Tartu_Juudi_Usuuhing, lk 37
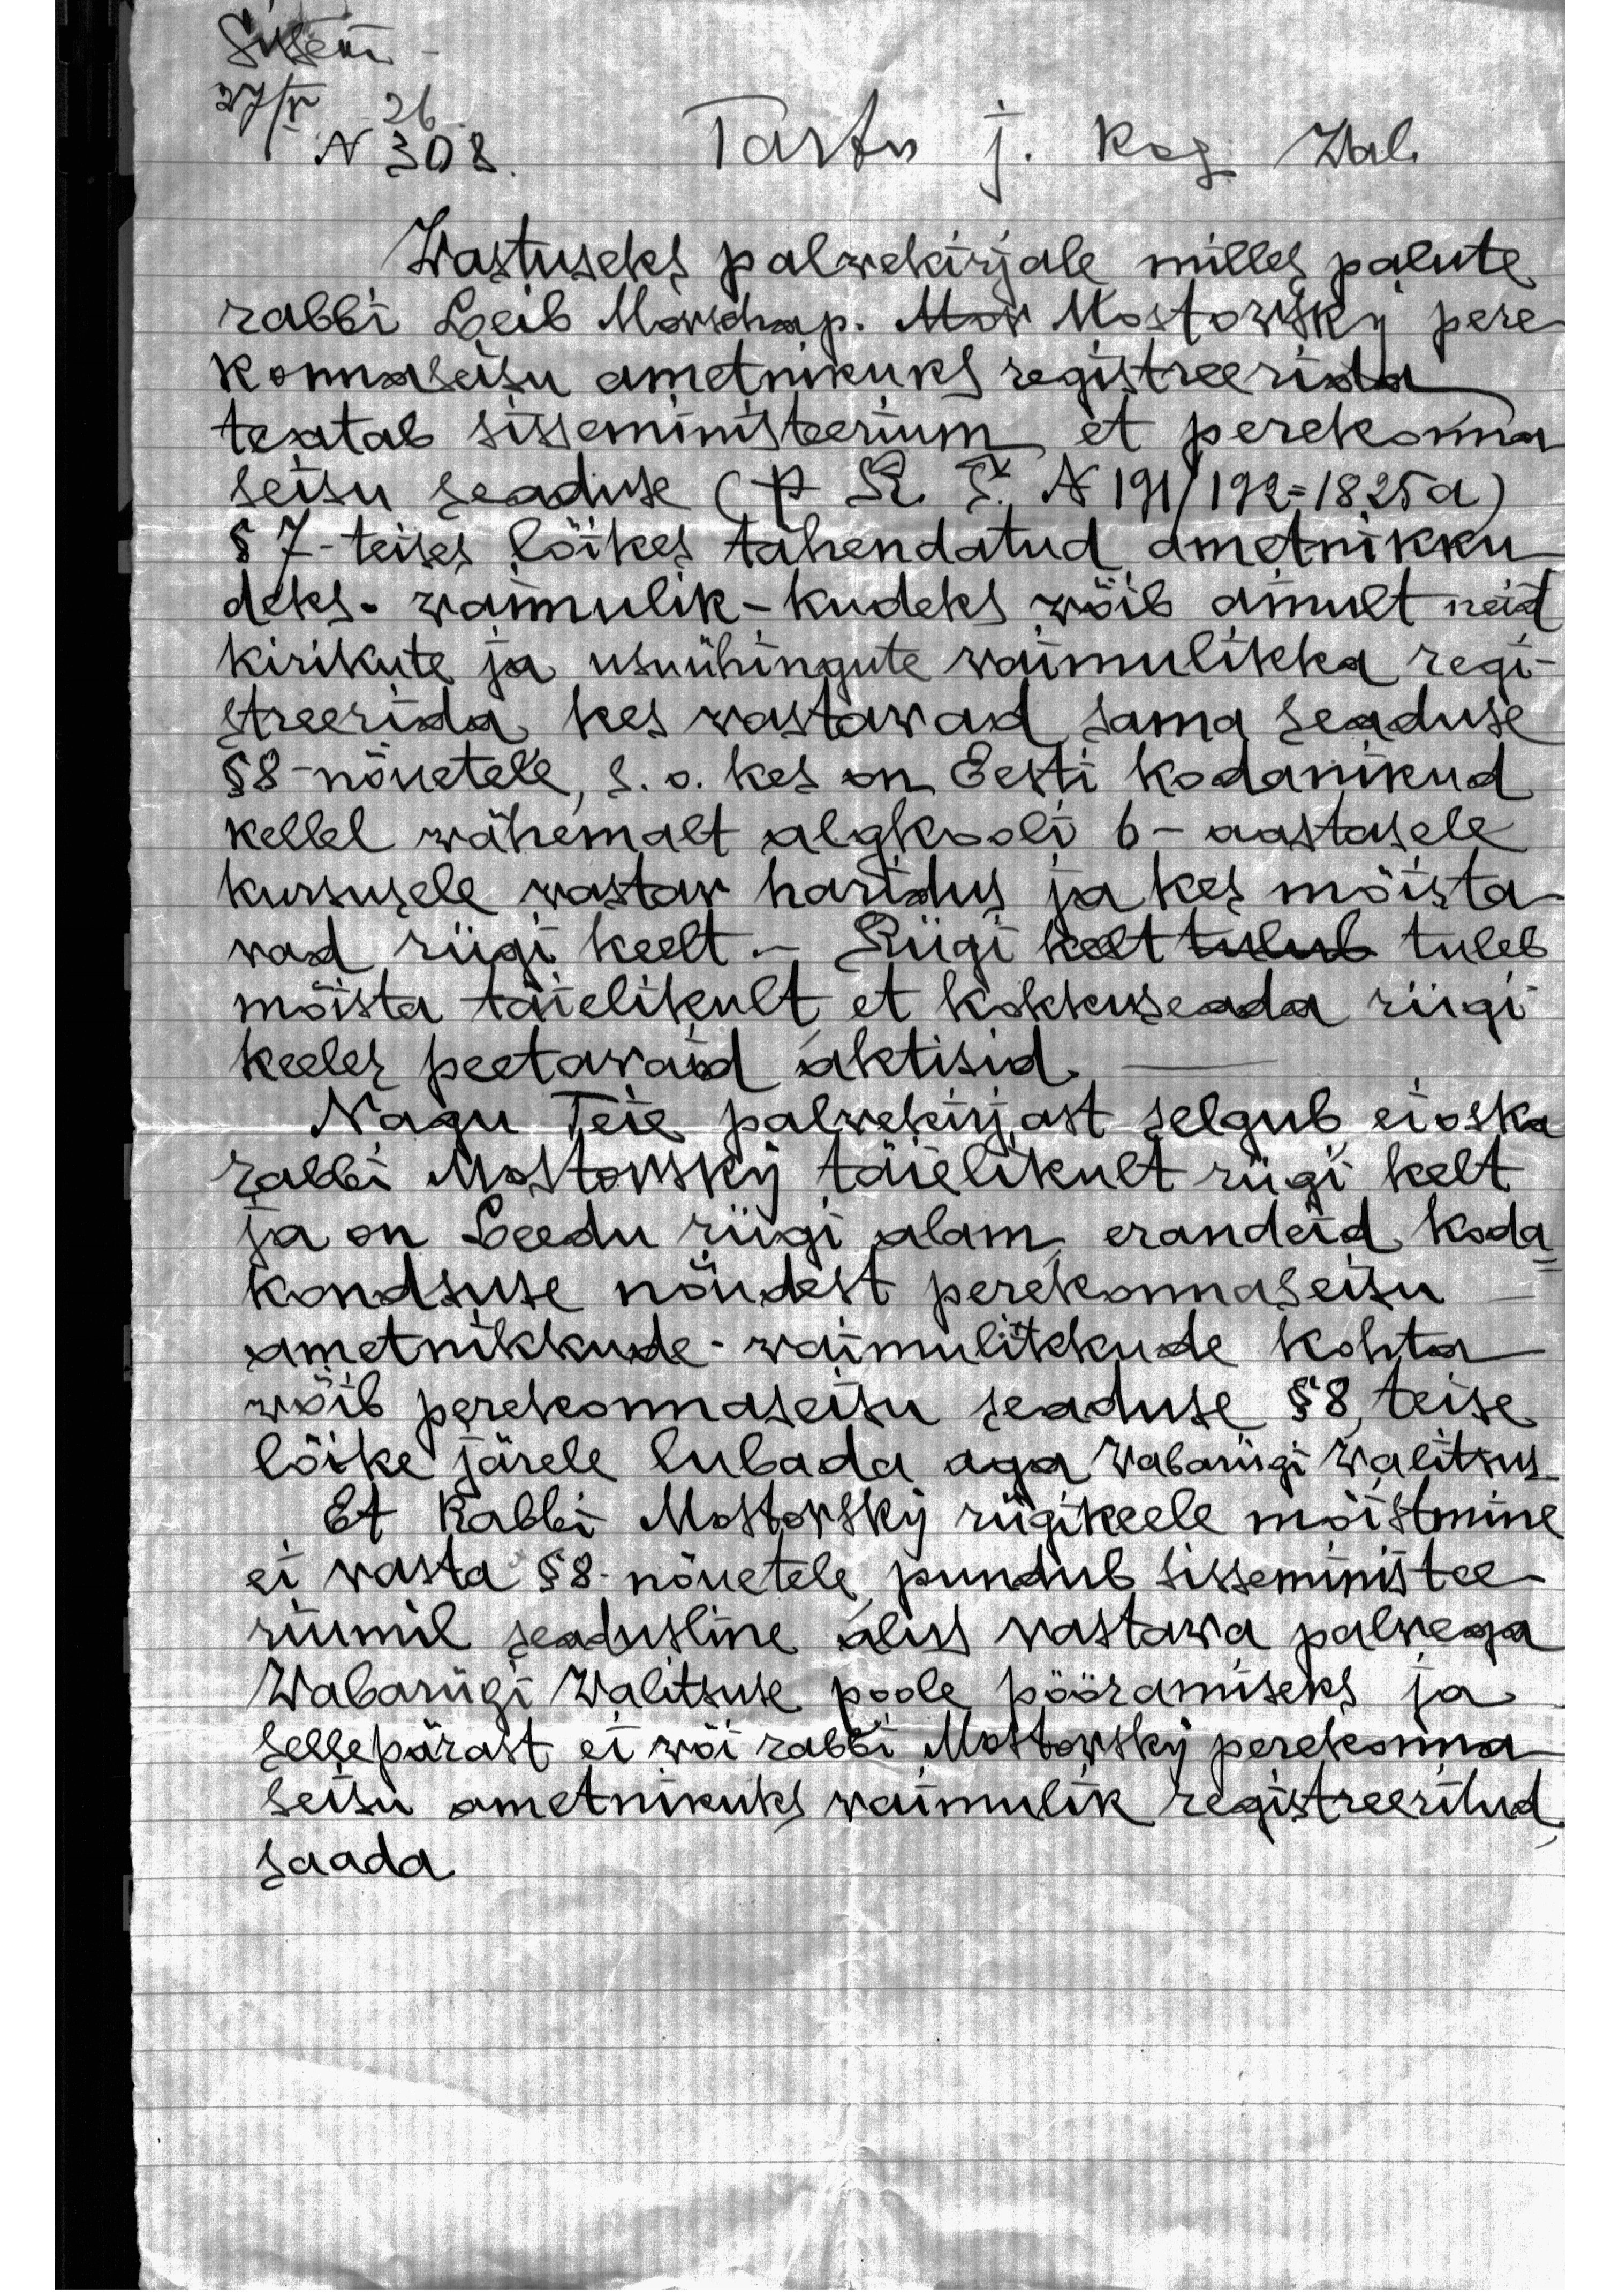
Tartu j. Kog. Wal.
Wastuseks palwekirjale milles palute
rabbi Leib Morschap. Mor Mostowsky pere-
konnaseisu ametnikuks registreerida
teatab sisseministeerium et perekonna
seisu seaduse (P R T.  N 191/I92 = 1825a)
§ 7 - teises lõikes tähendatud ametnikku
deks. waimulik-kudeks wõib ainult neid
kirikute ja usuühingute waimulikka regi-
streerida, kes wastawad sama seaduse
§ 8 - nõuetele, s.o. kes on Eesti kodanikud
kellel wähemalt algkooli 6 - aastasele
kursusele wastav haridus ja kes mõista-
wad riigi keelt. Riigi keelt tuleb
mõista täielikult, et kokkuseada riigi
keeles peetawaid aktisid.
Nagu Teie palwekirjast selgub ei oska
rabbi Mostowsky täielikult riigi kelt,
ja on Leedu riigi alam erandeid koda-
kondsuse nõudest perekonnaseisu
ametnikkude-waimulikkude kohta
wõib perekonnaseisu seaduse §8, teise
lõike järele lubada aga Wabariigi Walitsus.
Et Rabbi Mostowsky riigikeele mõistmine
ei wasta §8 nõuetele, puudub sisseministee-
riumil seadusline alus wastawa palwega
Wabariigi Walitsuse poole pööramiseks ja
sellepärast ei wõi rabbi Mostowsky perekonna
seisu ametnikuks waimulik registreeritud
saada.